Scottish Leaving Certificate Examination, 1956
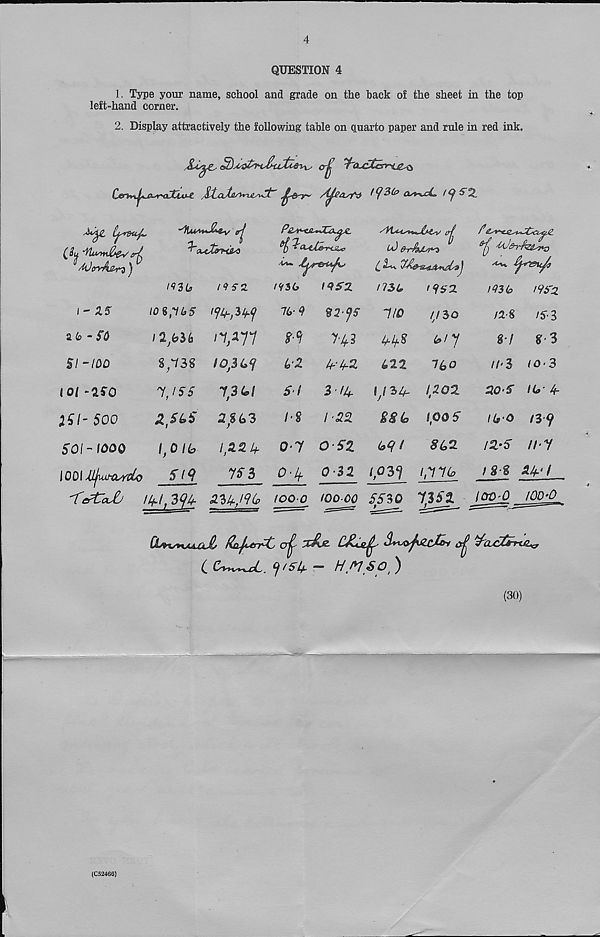
4
QUESTION 4
1. Type your name, school and grade on the back of the sheet in the top
left-hand corner.
2. Display attractively the following table on quarto paper and rule in red ink.
JLtaXa/yrL&^t' ^Snr^ /Lj^asi'iS
as*
Cjsv&Up,
(3y
AltrvA&rd J
/fZLi
/4$-2
P£sis-sui^CCa^X-
t<!SG
IQSZ
id &^sds>^
^ i-vv.
nsu
tqsz
\-2.5
a 6 - ^
SI-100
iot -aro
5oo
SOI-1000
tot,it,5
S^38
/^36f
IISS
13(*l
ZSLS
l.Olb
2/63
/,22 V
75 3
76-9
6‘2
5-/
/«§
f2-^
v-vs
3/4
/'22
7/0
4^.§
622
//SO
6/y
760
0-7
o-s'a
f/34.
(202
^6
1,00 5
64/
^62
0-4.
0-32
/03y
/,776
^ 'i'O&rfizisjto
143 b
t9b'Z
/2-8
/S'-3
87
8'3
//' 3
/O'3
20'^ IC?' 4-
ih-o
/s-9
/s-s'
//'-y
18 $ 24'/
jOOl JjjluJ-ChYclo
5 (9
'TePtalj
i^i t 3?4 a.‘b^i c Uo loo p lOOjX) 5530 ^3JJ^
Ci/toSKAA&Js $aft*rfOt0 (J^
ajj
c Cv^ct. y/54 — H'PI SO' )
(30)
(C52466)